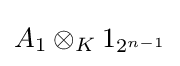
A_{1}\otimes _{K}1_{2^{n-1}}